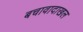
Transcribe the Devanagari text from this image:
बचावादाखल